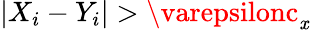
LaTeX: |X_{i}-Y_{i}|>\varepsilonc_{\mathit{x}}